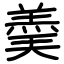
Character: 羮